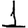
Digit: 1